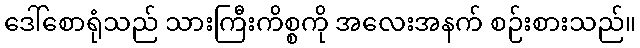
ဒေါ်စောရုံသည် သားကြီးကိစ္စကို အလေးအနက် စဉ်းစားသည်။